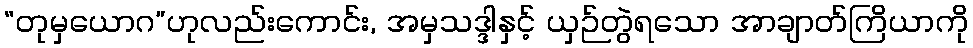
“တုမှယောဂ”ဟုလည်းကောင်း, အမှသဒ္ဒါနှင့် ယှဉ်တွဲရသော အာချာတ်ကြိယာကို